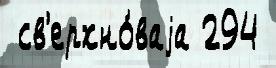
 св'ерхно́ваjа 294